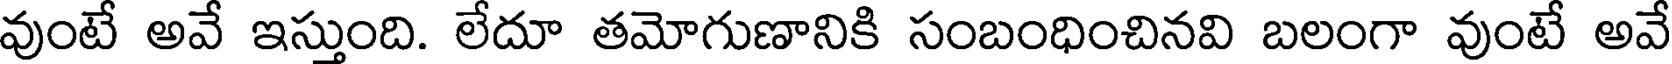
వుంటే అవే ఇస్తుంది. లేదూ తమోగుణానికి సంబంధించినవి బలంగా వుంటే అవే